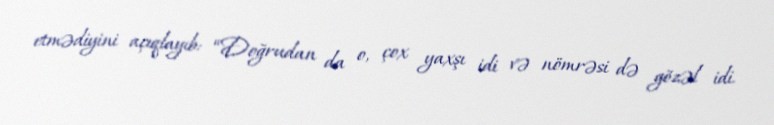
etmədiyini açıqlayıb: “Doğrudan da o, çox yaxşı idi və nömrəsi də gözəl idi.